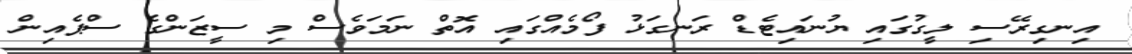
އިނގިރޭސި ލީގުގައި ޔުނައިޓެޑް ރަނގަޅު ފޯމެއްގައި އޮތް ނަމަވެސް މި ސީޒަންގެ ސްޕެއިން